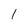
Character: l